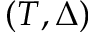
( T , \Delta )